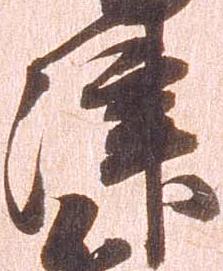
津